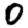
Digit: 0